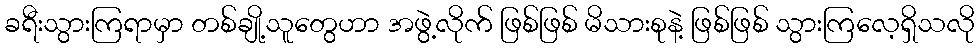
ခရီးသွားကြရာမှာ တစ်ချို့သူတွေဟာ အဖွဲ့လိုက် ဖြစ်ဖြစ် မိသားစုနဲ့ ဖြစ်ဖြစ် သွားကြလေ့ရှိသလို